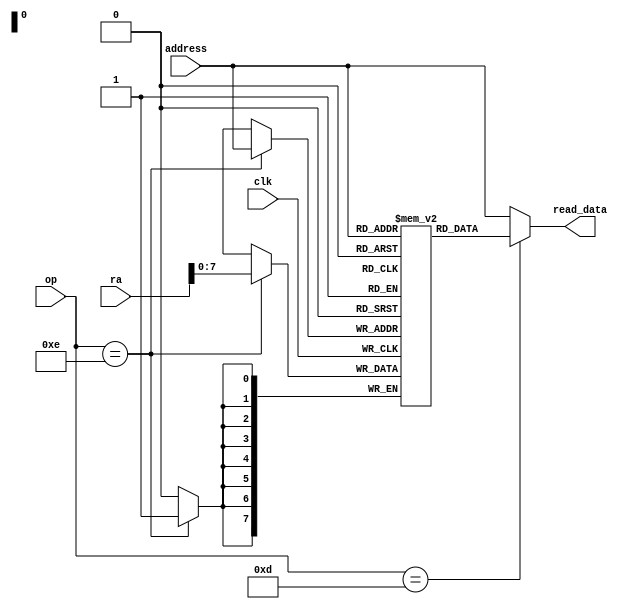
//Data Memory Module
module dataMemory(clk, op, ra, address, read_data);

input clk;
input [9:0]ra; // Data from register being operated on
input [3:0]op; // Opcode from byte 1
input [7:0]address; // Address in data memory array
output [7:0] read_data;

reg [7:0]datamem[0:255]; // Memory of 256 bytes

integer i;
initial begin
	for (i = 0; i < 256; i = i + 1) begin 
		datamem[i] = 0; // Fills data memory with zeroes
	end
end

assign read_data=(op==4'b1101)?datamem[address]:address;

always @(negedge clk) begin
	if(op == 4'b1110) begin // Store instruction OP=14
		datamem[address] = ra[7:0]; // Memory address space is set to write_data
	end
end

endmodule